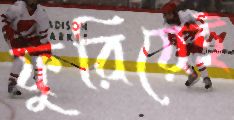
ফুরিয়েই